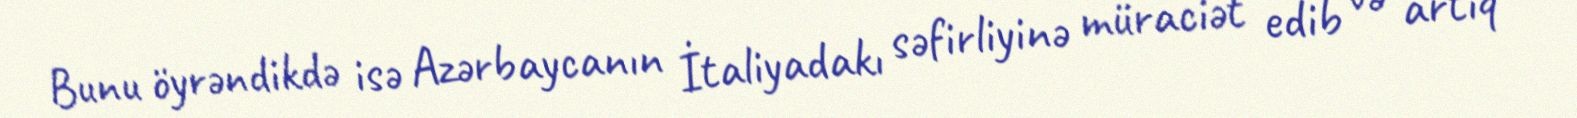
Bunu öyrəndikdə isə Azərbaycanın İtaliyadakı səfirliyinə müraciət edib və artıq